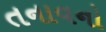
તનાવનો